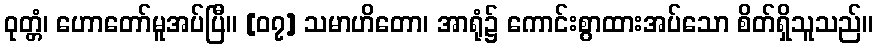
ဝုတ္တံ၊ ဟောတော်မူအပ်ပြီ။ [၀၇] သမာဟိတော၊ အာရုံ၌ ကောင်းစွာထားအပ်သော စိတ်ရှိသူသည်။